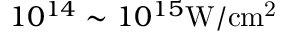
1 0 ^ { 1 4 } \sim 1 0 ^ { 1 5 } \mathrm { W / c m ^ { 2 } }